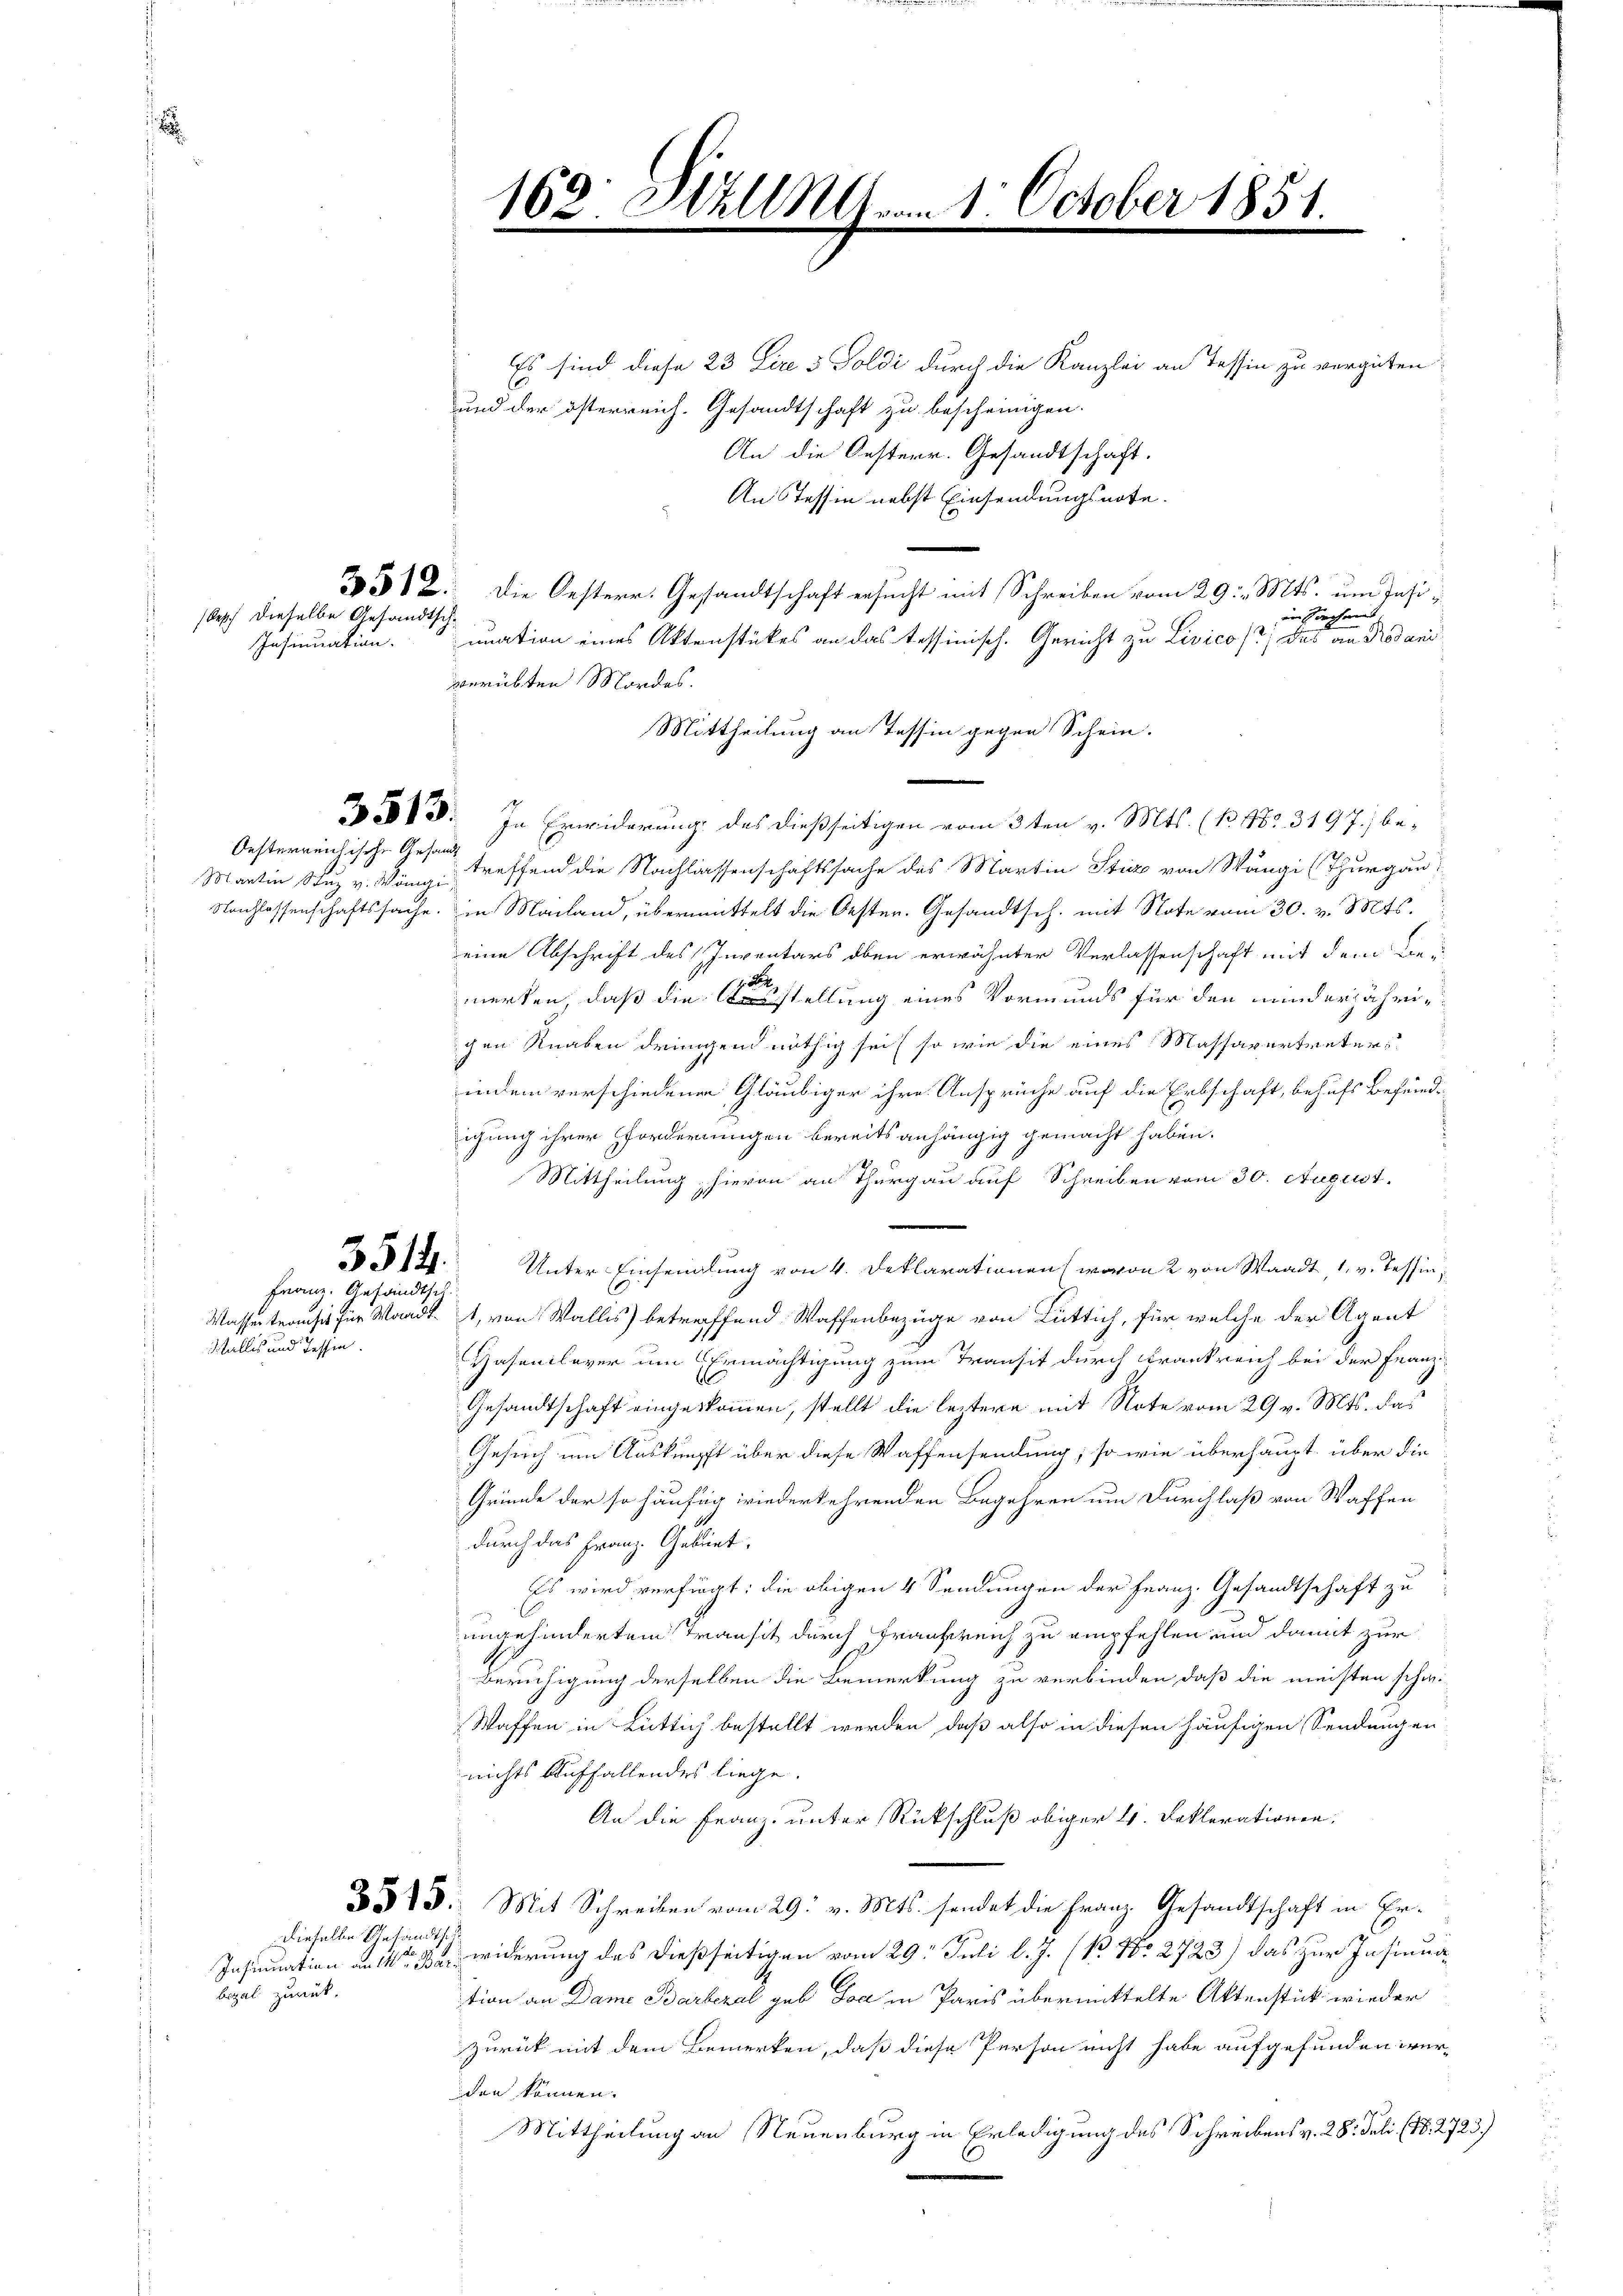
epf dieselbe Gesandtsch¬

Insinuation.

Oesterreichische Gesandt

351.
Franz. Gesandtsch

Wallis und Tessin.

dieselbe Gesandts¬

bezal zurück.

162. Stall vom 1. October 1851.
e
e
a
.

Es sind diese 23 Lire 3 Toldi durch die Kanzlei an Tessin zu vergüten.
und der österreich. Gesandtschaft zu bescheinigen.
An die Oesterr. Gesandtschaft.
An Tessin nebst Einsendungsnote.
3312. Die Oesterr. Gesandtschaft ersucht mit Schreiben vom 29. Mts. um Insiin Sachen
unation eines Aktenstückes an das tessinisch. Gericht zu Livicos das an Rodani
verübten Mordes.
Mittheilung an Tessin gegen Schein.
583. In Erwiderung des dießseitigen vom 3ten v. Mts. (N. 182 3197) be-
Mantin Stuz v. Vönig, treffend die Nachlassenschaftssache des Martin Stic von Wängi (Thurgau
Nachlassenschaftssache. in Mailand, übermittelt die Oesten. Gesandtsch. mit Note vom 30. v. Mts.
eine Abschrift des Inventars oben erwähnter Verlassenschaft mit dem Be-

merken, daß die Ausstellung eines Vormunds für den minderjährigen Knaben dringend nöthig sei so wie die eines Massavertreters
indem verschiedenen Gläubiger ihre Ansprüche auf die Erbschaft, behufs Befeindigung ihrer Forderungen bereits anhängig gemacht haben.
Mittheilung hievon an Thurgau auf Schreiben vom 30. August.
Unter-Einsendlung von 4. Deklarationen, wovon 2 von Waadt, 1, v. Tessin,
Wassertrausis für Waadt, von Wallis) betreffend Waffenbezüge von Rüttich, für welche der Agent
Hasenlaver um Einmächtigung zum Transit durch Krankreich bei der Franz¬
Gesandtschaft eingekommen, stellt die leztere mit Note vom 29 v. Mts. das
Gesuch um Ausknüpft über diese Waffensendung; so wie überhaupt über die
Gründe der so häufig wiederkehrenden Begehren um Durchlaß von Waffen
durch das Franz- Gebiet.
Es wird verfügt: die obigen 4 Sendungen der Franz. Gesandtschaft zu
ungehindertem Transit durch Frankreich zu empfehlen und damit zur
Beruhigung derselben die Bemerkung zu verbinden, daß die meisten schwi-
Waffen in Lüttich bestellt werden, daß also in diesen häufigen Sendungen
nichts Auffallendes liege.
An die Franz unter Rückschluß obiger 4. Deklarationen.
3513. Mit Schreiben vom 29. v. Mts. sendet die Franz Gesandtschaft in Er¬
Insinuation an e u widerung des dießseitigen vom 29. Juli l. J. (N. No 2723) das zur Insinua
tion an Dame Barbezal geb Joa in Paris übermittelte Aktenstück wieder
zurück mit dem Bemerken, daß diese Person nicht habe aufgefunden werden können.
Mittheilung an Neuenburg in Erledigung des Schreibens v. 28. Juli (N. 2723.)